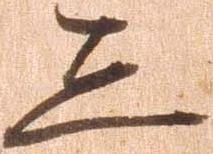
し